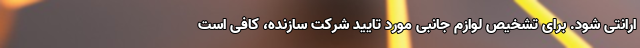
ارانتی شود. برای تشخیص لوازم جانبی مورد تایید شرکت سازنده، کافی است